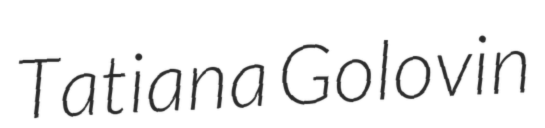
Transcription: Tatiana Golovin